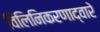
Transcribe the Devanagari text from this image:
विलिनिकरणाद्वारे